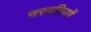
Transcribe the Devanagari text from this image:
नरबलियों